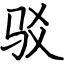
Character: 驳